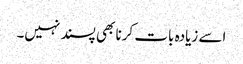
اسے زیادہ بات کرنا بھی پسند نہیں۔